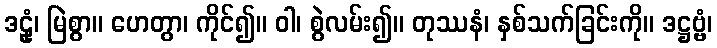
ဒဠုံ၊ မြဲစွာ။ ဟေတွာ၊ ကိုင်၍။ ဝါ၊ စွဲလမ်း၍။ တုဿနံ၊ နှစ်သက်ခြင်းကို။ ဒဋ္ဌဗ္ဗံ၊